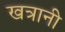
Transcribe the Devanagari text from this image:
खत्रानी